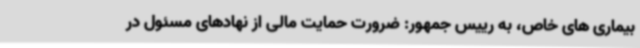
بیماری های خاص، به رییس جمهور: ضرورت حمایت مالی از نهادهای مسئول در